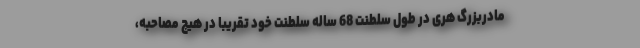
مادربزرگ هری در طول سلطنت 68 ساله سلطنت خود تقریبا در هیچ مصاحبه،